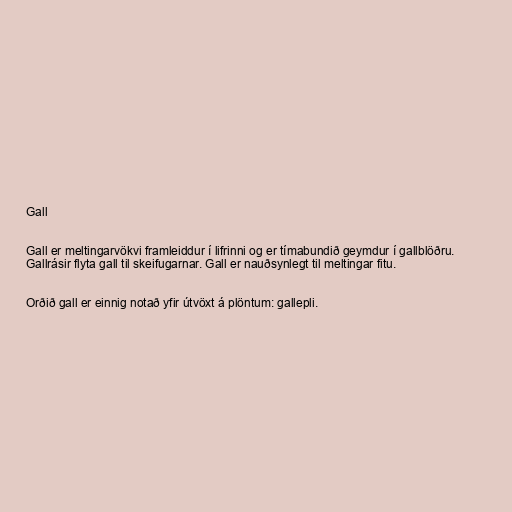
Gall

Gall er meltingarvökvi framleiddur í lifrinni og er tímabundið geymdur í gallblöðru.
Gallrásir flyta gall til skeifugarnar. Gall er nauðsynlegt til meltingar fitu.

Orðið gall er einnig notað yfir útvöxt á plöntum: gallepli.